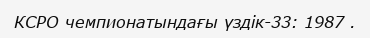
КСРО чемпионатындағы үздік-33: 1987 .